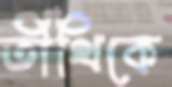
তীথিকে